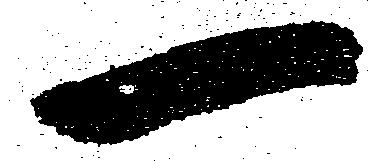
一